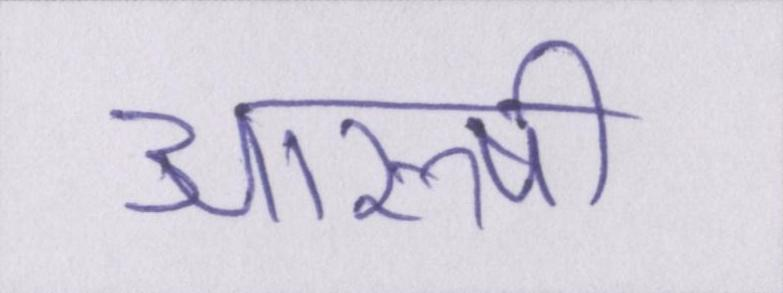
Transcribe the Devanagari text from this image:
आरुषी